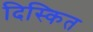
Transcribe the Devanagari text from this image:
दिस्कित